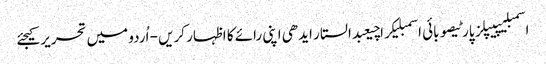
اسمبلیپیپلز پارٹیصوبائی اسمبلیکراچیعبدالستار ایدھی اپنی رائے کا اظہار کریں - اُردو میں تحریر کیجئے